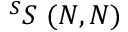
^ S S \ ( N , N )